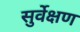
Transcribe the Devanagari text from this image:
सुर्वेक्षण